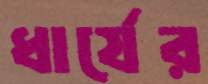
ধার্যের